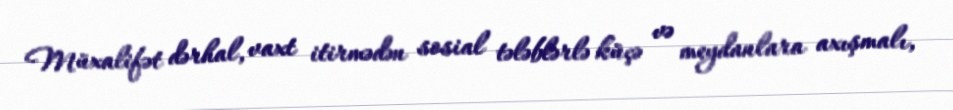
Müxalifət dərhal, vaxt itirmədən sosial tələblərlə küçə və meydanlara axışmalı,